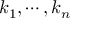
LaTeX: k _ { 1 } , \cdots , k _ { n }